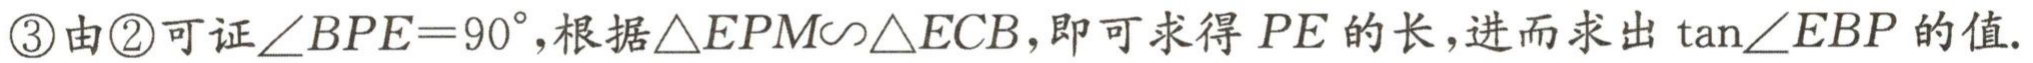
\textcircled{3}由\textcircled{2}可证$\angle BPE = 90^{\circ}$,根据$\triangle EPM\sim\triangle ECB$,即可求得$PE$的长,进而求出$\tan\angle EBP$的值.